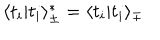
\langle t _ { i } | t _ { i } \rangle _ { \pm } ^ { * } = \langle t _ { i } | t _ { i } \rangle _ { \mp }